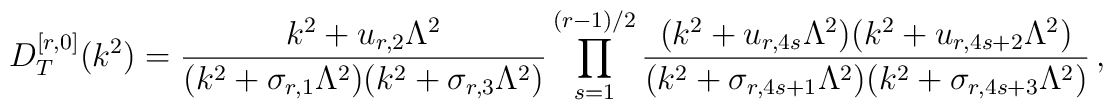
D^{[r,0]}_{T} (k^{2}) = \frac{k^{2} + u_{r,2} \Lambda^{2}}{(k^{2} + \sigma_{r,1} \Lambda^{2}) (k^{2} + \sigma_{r,3} \Lambda^{2})}\prod \limits^{(r-1)/2}_{s=1}\frac{(k^{2} + u_{r, 4s} \Lambda^{2}) (k^{2} + u_{r, 4s+2} \Lambda^{2})}{(k^{2} + \sigma_{r, 4s+1} \Lambda^{2}) (k^{2} + \sigma_{r, 4s+3}\Lambda^{2})}\, ,